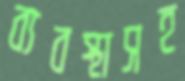
ব্যবস্থাসহ